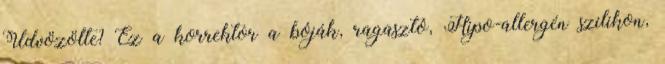
Üdvözölte? Ez a korrektor a bóják, ragasztó, Hipo-allergén szilikon,